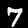
Label: 7